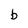
Character: b